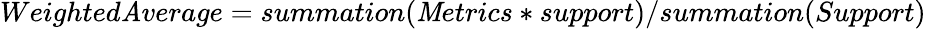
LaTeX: Weighted\mathit{A}verage=summation(\mathit{M}etrics*support)/summation(Support)